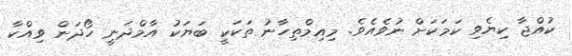
ކުއްޖާ ކިޔެވި ކަމަކަށް ނުވެއެވެ. މިއިމްތިހާނު ތަކަކީ ބަޔަކު އާމްދަނީ ހޯދަން ވިއްކާ